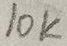
Text: 10K